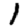
Digit: 1